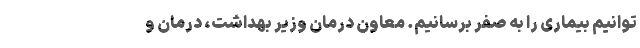
توانیم بیماری را به صفر برسانیم. معاون درمان وزیر بهداشت، درمان و